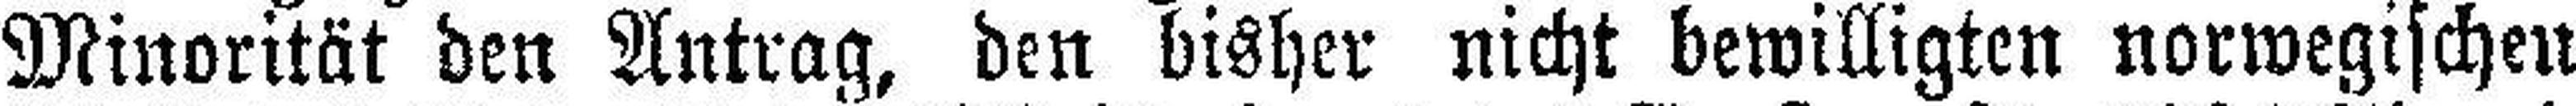
Minorität den Antrag, den bisher nicht bewilligten norwegischen